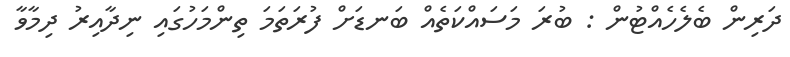
ދަރިން ބެލެހެއްޓުން : ބުރަ މަސައްކަތެއް ބަނޑަށް ފުރަތަމަ ތިންމަހުގައި ނިދާއިރު ދިމާވާ